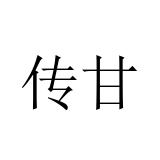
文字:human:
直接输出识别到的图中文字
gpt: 传甘